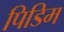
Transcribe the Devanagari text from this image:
पिडिम